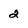
Character: 2